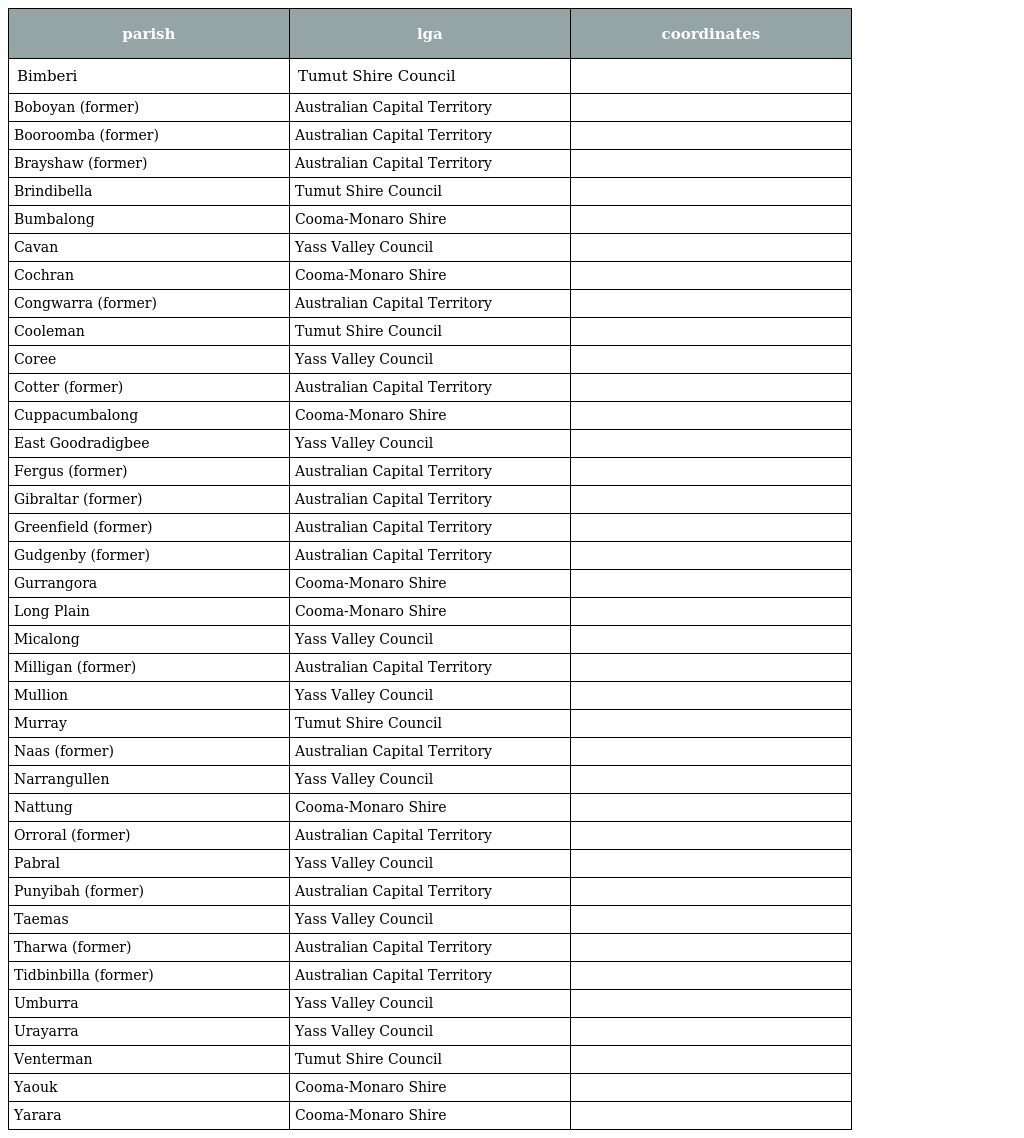
| parish | lga | coordinates |
 | --- | --- | --- |
 | Bimberi | Tumut Shire Council |  |
 | Boboyan (former) | Australian Capital Territory |  |
 | Booroomba (former) | Australian Capital Territory |  |
 | Brayshaw (former) | Australian Capital Territory |  |
 | Brindibella | Tumut Shire Council |  |
 | Bumbalong | Cooma-Monaro Shire |  |
 | Cavan | Yass Valley Council |  |
 | Cochran | Cooma-Monaro Shire |  |
 | Congwarra (former) | Australian Capital Territory |  |
 | Cooleman | Tumut Shire Council |  |
 | Coree | Yass Valley Council |  |
 | Cotter (former) | Australian Capital Territory |  |
 | Cuppacumbalong | Cooma-Monaro Shire |  |
 | East Goodradigbee | Yass Valley Council |  |
 | Fergus (former) | Australian Capital Territory |  |
 | Gibraltar (former) | Australian Capital Territory |  |
 | Greenfield (former) | Australian Capital Territory |  |
 | Gudgenby (former) | Australian Capital Territory |  |
 | Gurrangora | Cooma-Monaro Shire |  |
 | Long Plain | Cooma-Monaro Shire |  |
 | Micalong | Yass Valley Council |  |
 | Milligan (former) | Australian Capital Territory |  |
 | Mullion | Yass Valley Council |  |
 | Murray | Tumut Shire Council |  |
 | Naas (former) | Australian Capital Territory |  |
 | Narrangullen | Yass Valley Council |  |
 | Nattung | Cooma-Monaro Shire |  |
 | Orroral (former) | Australian Capital Territory |  |
 | Pabral | Yass Valley Council |  |
 | Punyibah (former) | Australian Capital Territory |  |
 | Taemas | Yass Valley Council |  |
 | Tharwa (former) | Australian Capital Territory |  |
 | Tidbinbilla (former) | Australian Capital Territory |  |
 | Umburra | Yass Valley Council |  |
 | Urayarra | Yass Valley Council |  |
 | Venterman | Tumut Shire Council |  |
 | Yaouk | Cooma-Monaro Shire |  |
 | Yarara | Cooma-Monaro Shire |  |